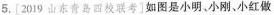
5.[2019山东青四校联考]如图是小明、小刚、小红做